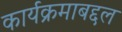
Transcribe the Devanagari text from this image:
कार्यक्रमाबद्दल